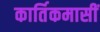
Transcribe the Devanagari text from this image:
कार्तिकमासीं